Plague in India, 1896, 1897 - Volume 2
Year: 1896
Disease focus: Plague
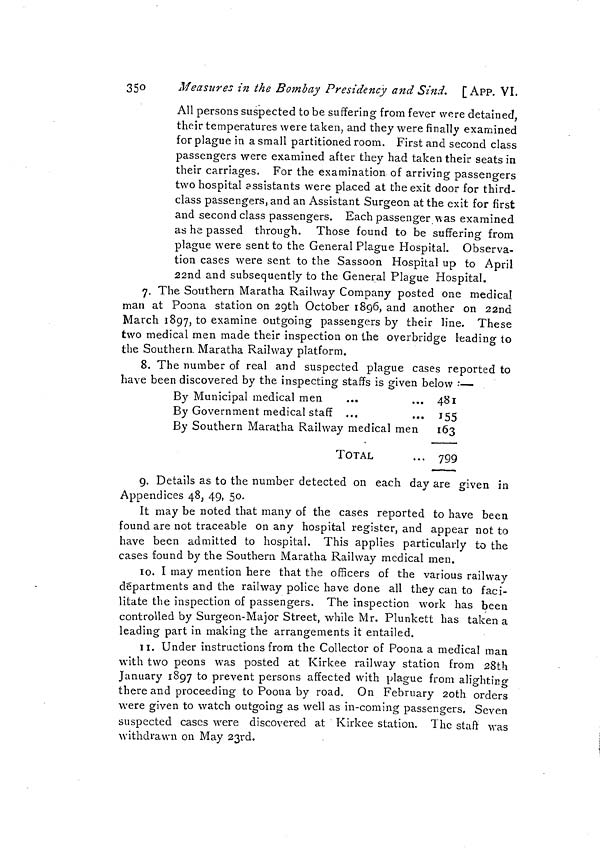
350
Measures in the Bombay Presidency and Sind. [APP. VI.
All persons suspected to be suffering from fever were detained,
their temperatures were taken, and they were finally examined
for plague in a small partitioned room. First and second class
passengers were examined after they had taken their seats in
their carriages. For the examination of arriving passengers
two hospital assistants were placed at the exit door for third-
class passengers, and an Assistant Surgeon at the exit for first
and second class passengers. Each passenger_was examined
as he passed through. Those found to be suffering from
plague were sent to the General Plague Hospital. Observa-
tion cases were sent to the Sassoon Hospital up to April
22nd and subsequently to the General Plague Hospital.
7. The Southern Maratha Railway Company posted one medical
man at Poona station on 29th October 1896, and another on 22nd
March 1897, to examine outgoing passengers by their line. These
two medical men made their inspection on the overbridge leading to
the Southern. Maratha Railway platform.
8. The number of real and suspected plague cases reported to
have been discovered by the inspecting staffs is given below :—
By Municipal medical men
By Government medical staff
By Southern Maratha Railway medical men
TOTAL
481
155
163
799
9. Details as to the number detected on each day are given in
Appendices 48, 49, 50.
It may be noted that many of the cases reported to have been
found are not traceable on any hospital register, and appear not to
have been admitted to hospital. This applies particularly to the
cases found by the Southern Maratha Railway medical men.
10. I may mention here that the officers of the various railway
departments and the railway police have done all they can to faci-
litate the inspection of passengers. The inspection work has been
controlled by Surgeon-Major Street, while Mr. Plunkett has taken a
leading part in making the arrangements it entailed.
11. Under instructions from the Collector of Poona a medical man
with two peons was posted at Kirkee railway station from 28th
January 1897 to prevent persons affected with plague from alighting
there and proceeding to Poona by road. On February 20th orders
were given to watch outgoing as well as in-coming passengers. Seven
suspected cases were discovered at Kirkee station. The staft was
withdrawn on May 23rd.